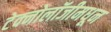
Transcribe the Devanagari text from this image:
टेक्नोलॉजीमधून